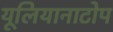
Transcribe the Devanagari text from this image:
यूलियानाटोप